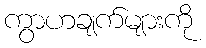
ကွာဟချက်များကို